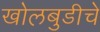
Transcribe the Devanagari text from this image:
खोलबुडीचे